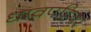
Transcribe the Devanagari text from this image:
धावपट्टिवर